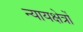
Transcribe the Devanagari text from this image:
न्यायक्षेत्रों